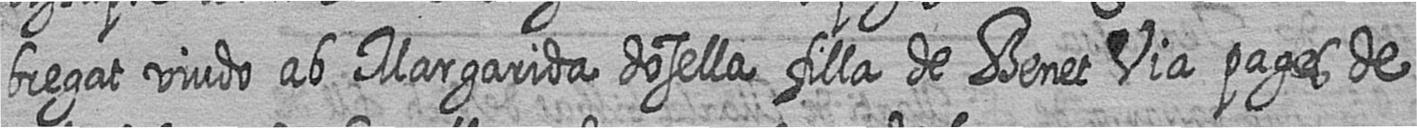
bregat viudo ab Margarida dosella filla de Benet Via pages de